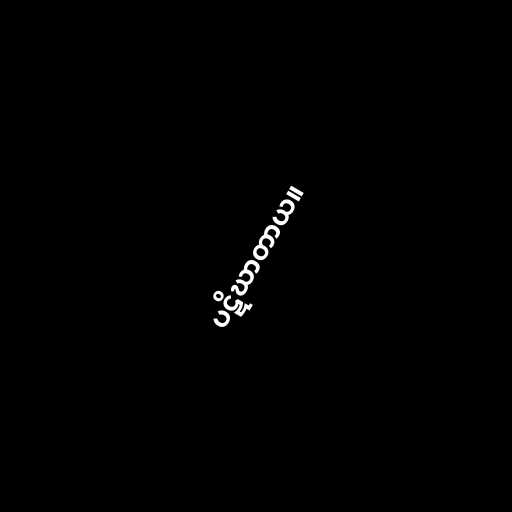
ပဋိဃာတာယ။